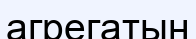
агрегатын